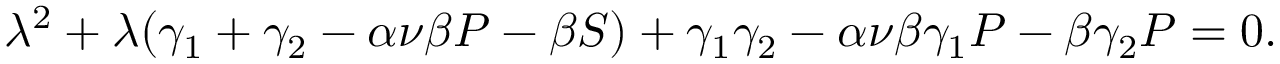
\lambda ^ { 2 } + \lambda ( \gamma _ { 1 } + \gamma _ { 2 } - \alpha \nu \beta P - \beta S ) + \gamma _ { 1 } \gamma _ { 2 } - \alpha \nu \beta \gamma _ { 1 } P - \beta \gamma _ { 2 } P = 0 .